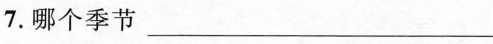
7.哪个季节 ___